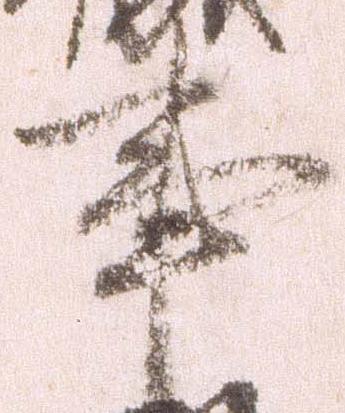
事